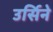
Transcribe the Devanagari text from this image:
उर्सिने